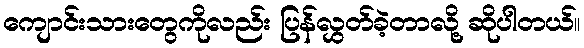
ကျောင်းသားတွေကိုလည်း ပြန်လွှတ်ခဲ့တာလို့ ဆိုပါတယ်။